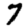
Digit: 7